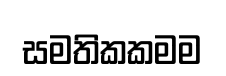
සමතිකකමම